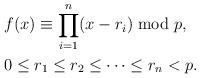
LaTeX: \begin{align*}&f(x) \equiv \prod_{i=1}^n(x-r_i) \bmod p,\\&0\le r_1\le r_2\le\dots\le r_n<p.\end{align*}